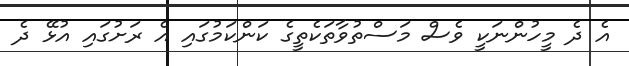
އެ ދެ މީހުންނަކީ ވެސް މަސްތުވާތަކެތީގެ ކަންކަމުގައި އެ ރަށުގައި އުޅޭ ދެ